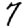
Digit: 7